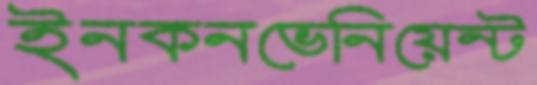
ইনকনভেনিয়েন্ট